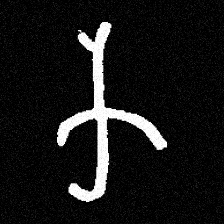
Pyu character \u2014 Myanmar letter: က (romanized: ka)